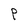
Character: P